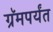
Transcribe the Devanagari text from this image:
ग्रॅमपर्यंत